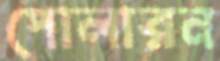
পোলারন